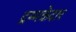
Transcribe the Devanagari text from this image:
द्रम्मकेदार